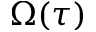
\Omega ( \tau )